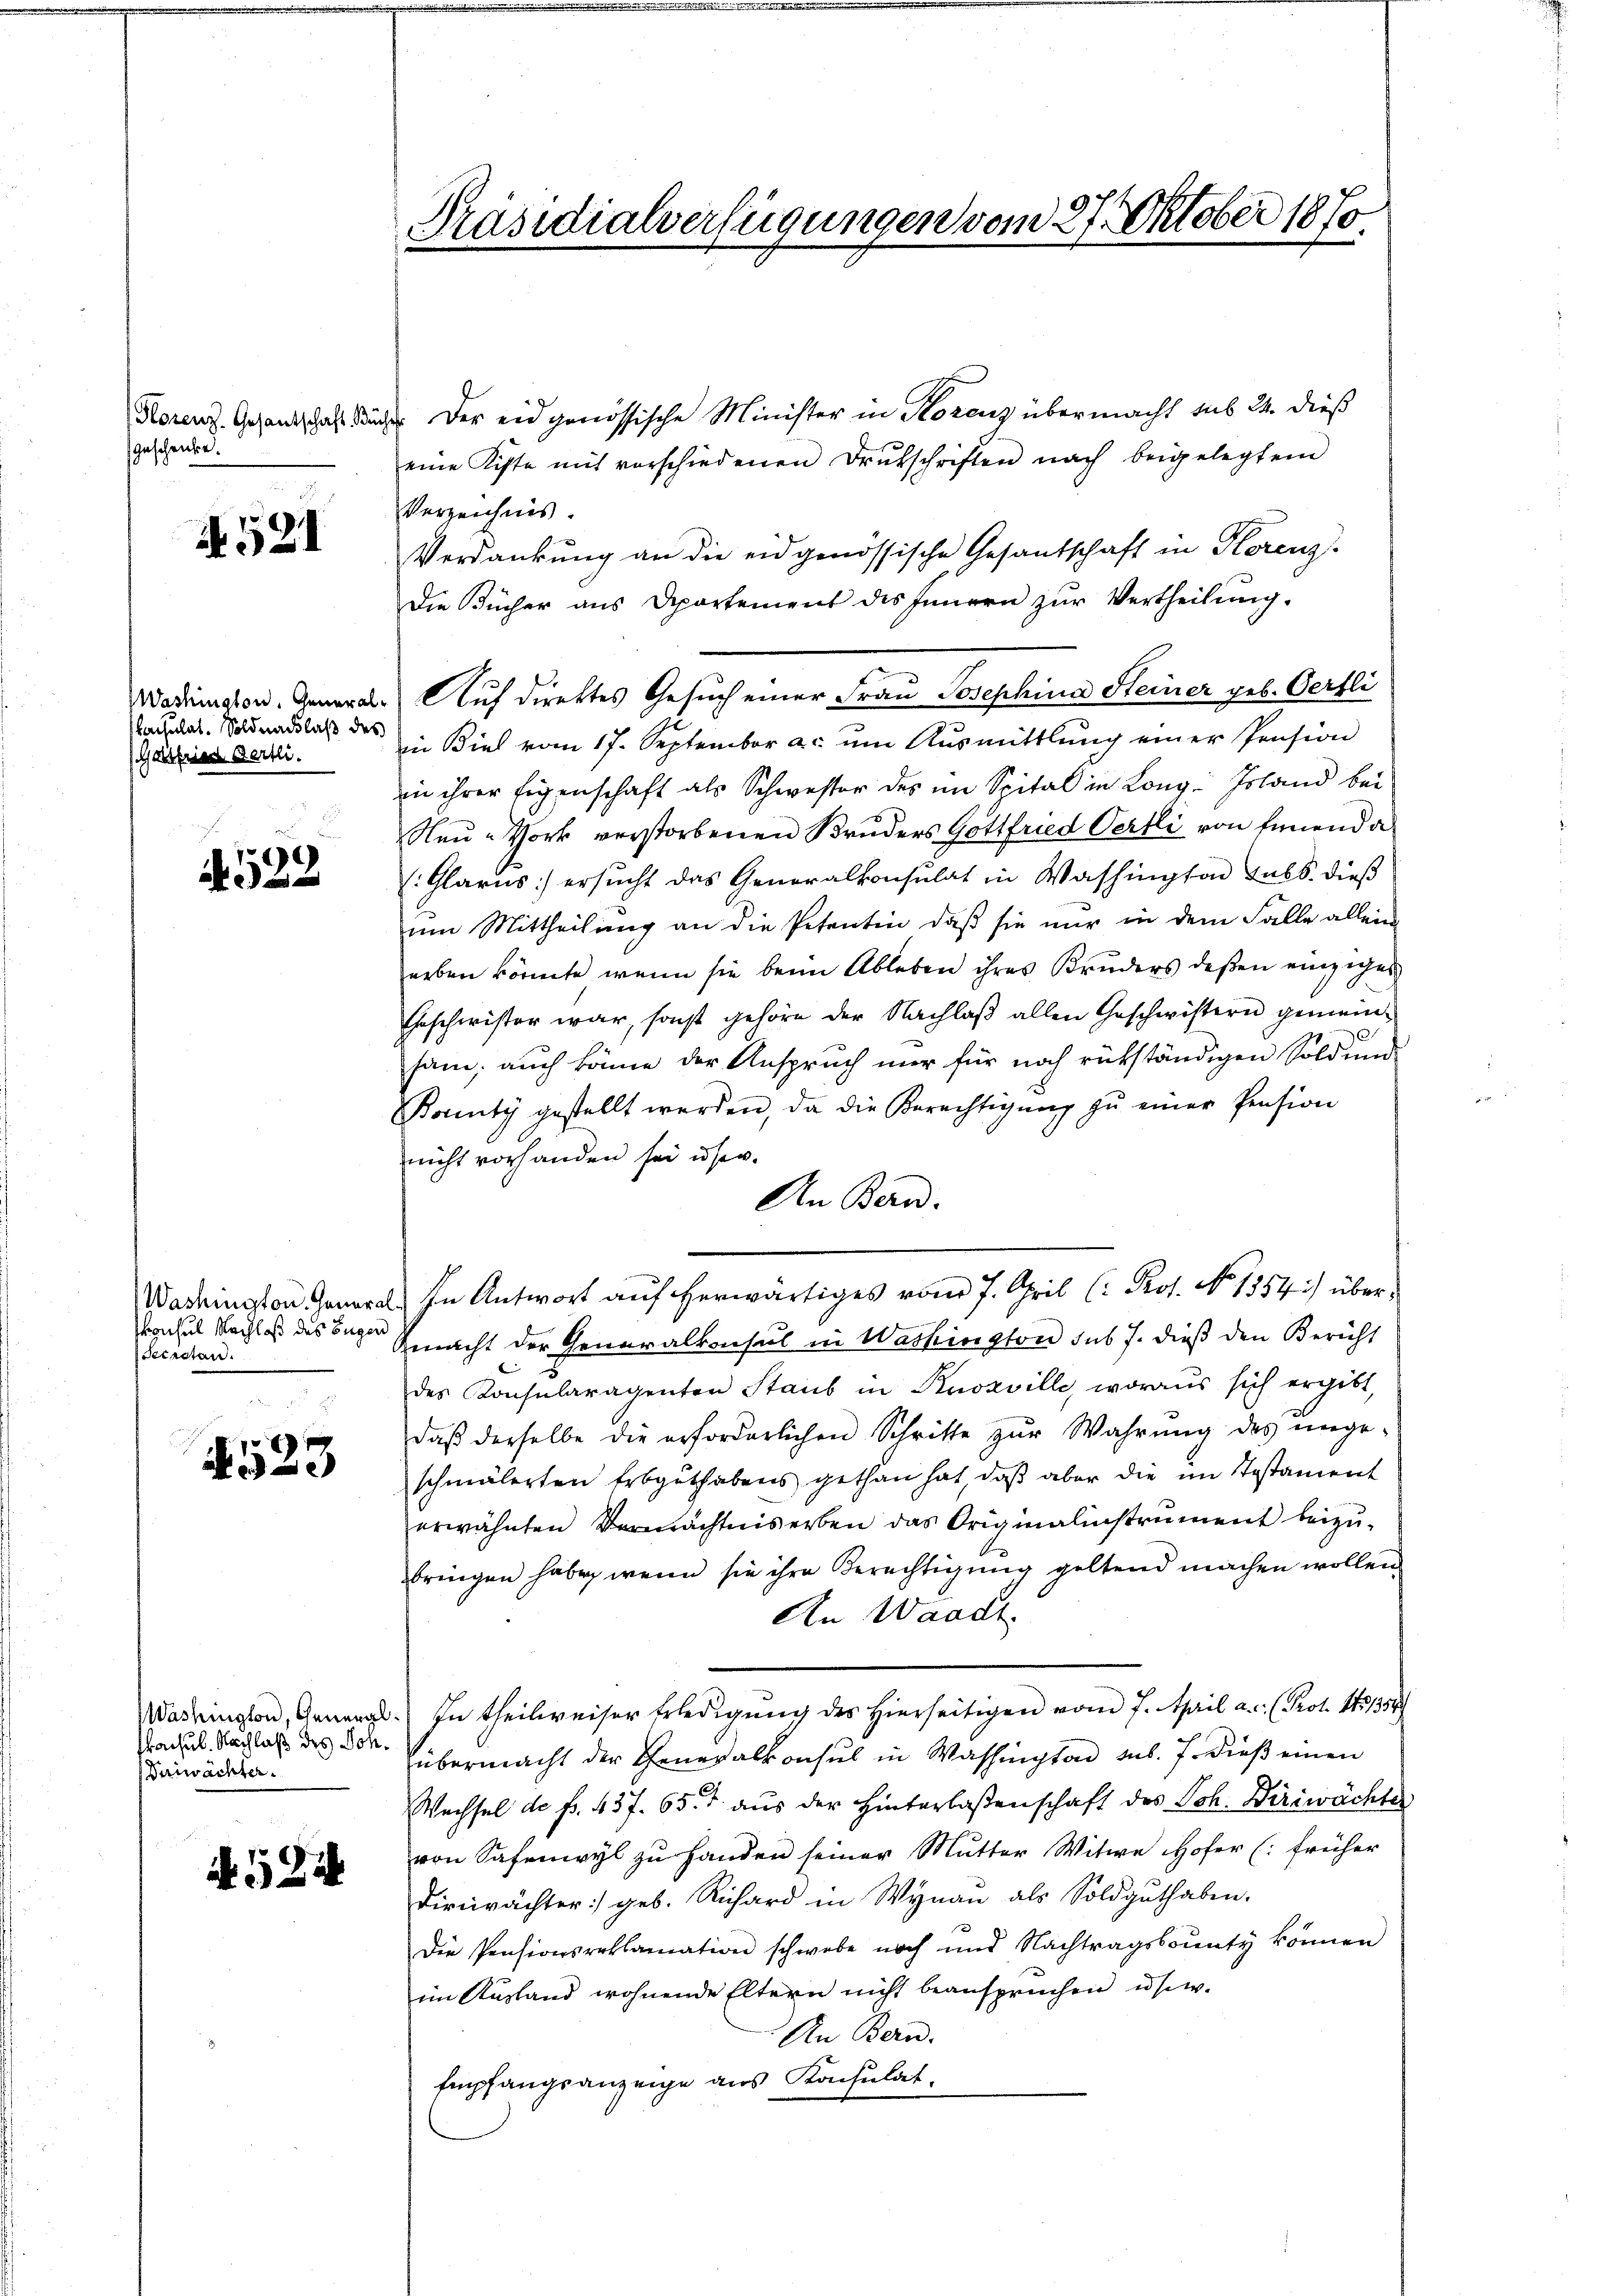
Florenz. Gesantschaft Bu
Geschenke.

1521

acsulat. Soldnachlaß des
Gottfried Gertli.

.
4522

konsul Nachloß des Eugen
Secretan.

4523

kacsub. Nachlaß des Con¬
Deiwächter.

N. 524

des der eidgenössische Minister in Horenz übermacht sub 24. dieß
eine Kiste mit vorschiedenen Drŭtschriften nach beigelegtem
Verzeichnis
Verdankung an die eidgenössische Gesantschaft in Florenz
Die Bücher aus Apartement des Innern zur Vertheilung.
in Biel vom 17. September a.c. ŭm Aŭsmittlung einer Pension
in ihrer Eigenschaft als Schwester des im Spital in Long. Island bei
Neŭ-Vork verstorbenen Bruders Gottfried Oertli von Einenda
(Glarus: ersucht das Generalkonsulat in Washington sub. dieß
um Mittheilung an die Petentin, daß sie nur in dem Falle allein
erben könnte, wenn sie beim Ableben ihres Bruders deßen einziges
Geschwister war, sonst gehöre der Nachlaß allen Geschwistern gemeinsam, auch könne der Anspruch nur für noch rükständigen Soldung
Bounty gestellt werden, da die Berechtigŭng zŭ einer Pension
nicht vorhanden sei unser.
An Bern.
Washington General. In Antwort auf herwärtiges vom 7. April (: Prot. No 1557) über¬
Gmacht der Generalkonsul in Washington sub 7. dieß den Bericht
des Konsularagenten Staub in Knosville, woraŭs sich ergibt,
daβ derselbe die erforderlichen Schritte zŭr Wahrŭng des ŭnge-
schmälerten Erbguthabens gethan hat, daβ aber die im Testament
erwähnten Vermächtnis erben das Originalinstrument beizubringen habe, wenn sie ihre Berechtigung geltend machen wollen
An Waadt
Washington, Genergl. In theilweiser Erledigŭng des hierseitigen vom 7. April a. (Prot. 141354
übermacht der Generalkonsul in Washington sub. 7. dieß einen
Wechsel de f. 437. 65. aus der Hinterlaßenschaft des Joh. Diriwächter
von Safenwyl zu Handen seiner Mutter Witwe Hofer (früher
Dirrächter geb. Richard in Wynau als Soldgŭthaben.
Die Pensionsreklamation schwebe noch und Nachtragsbounty können
im Ausland wohnende Eltern nicht beansprüchen usw.
An Bern.
Empfangsanzeige aus Konsulat

Präsidialverfügungen vom 27. Oktober 1870

Wadington, Generale Auf direktes Gesuch einer Frau Josephina Heiner geb. Oertli